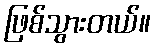
ဖြစ်သွားတယ်။